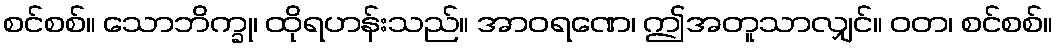
စင်စစ်။ သောဘိက္ခု၊ ထိုရဟန်းသည်။ အာဝရဏေ၊ ဤအတူသာလျှင်။ ဝတ၊ စင်စစ်။